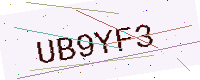
Text: UB9YF3